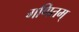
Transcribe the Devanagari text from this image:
गणितम्